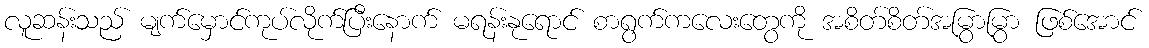
လူဆန်းသည် မျက်မှောင်ကုပ်လိုက်ပြီးနောက် မရန်းနုရောင် စာရွက်ကလေးတွေကို အစိတ်စိတ်အမြွာမြွာ ဖြစ်အောင်